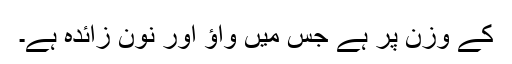
کے وزن پر ہے جس میں واؤ اور نون زائدہ ہے۔